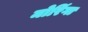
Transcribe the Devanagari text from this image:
मोरिंगा